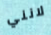
لانني